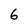
Character: 6